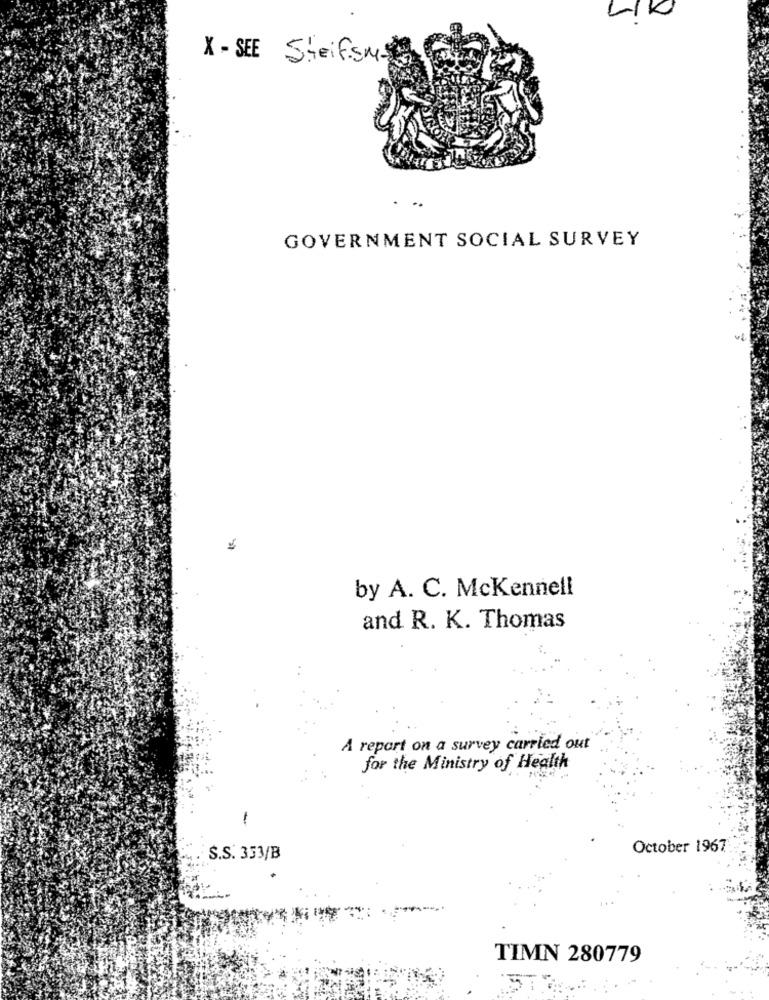
X - SEE SteifSM-
..
GOVERNMENT SOCIAL SURVEY
by A. C. McKennell
and R. K. Thomas
A report on a survey carried out
for the Ministry of Health
1
October 1967
S.S. 333/B
TIMN 280779